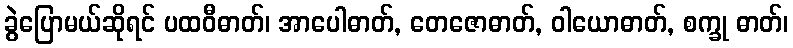
ခွဲပြောမယ်ဆိုရင် ပထဝီဓာတ်၊ အာပေါဓာတ်, တေဇောဓာတ်, ဝါယောဓာတ်, စက္ခု ဓာတ်၊